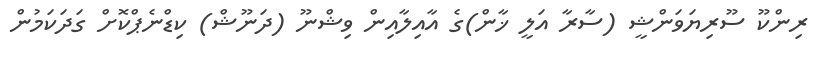
ރިންކޫ ސޫރިޔަވަންޝީ (ސާރާ އަލީ ޚާން)ގެ އާއިލާއިން ވިޝްނޫ (ދަނޫޝް) ކިޑްނެޕްކޮށް ގަދަކަމުން